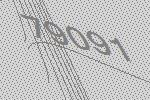
79091